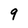
Character: 9